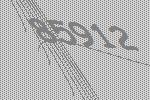
85912